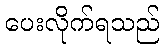
ပေးလိုက်ရသည်